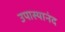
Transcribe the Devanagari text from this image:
उपास्यानंद